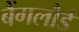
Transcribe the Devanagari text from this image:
बैंगलौर्ड